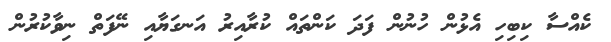
ކެއްސާ ކިބިހި އެޅުން ހުނުން ފަދަ ކަންތައް ކުރާއިރު އަނގަޔާއި ނޭފަތް ނިވާކުރުން